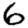
Digit: 6